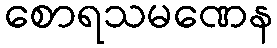
စောရသမဏေန